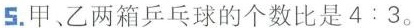
5.甲、乙两箱乒乓球的个数比是4:3。